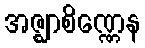
အဇ္ဈာစိဏ္ဏေန